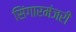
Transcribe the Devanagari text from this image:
सिंगारमंजरी